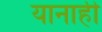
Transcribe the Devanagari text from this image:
यानाही